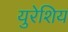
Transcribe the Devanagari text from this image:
युरेशिय